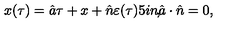
x ( \tau ) = \hat { a } \tau + x + \hat { n } \varepsilon ( \tau ) \makebox [ . 5 i n ] { , } \hat { a } \cdot \hat { n } = 0 ,